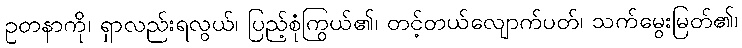
ဥတနာကို၊ ရှာလည်းရလွယ်၊ ပြည့်စုံကြွယ်၏၊ တင့်တယ်လျောက်ပတ်၊ သက်မွေးမြတ်၏၊